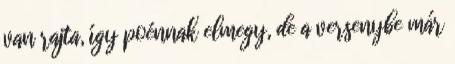
van rajta, így poénnak elmegy, de a versenybe már